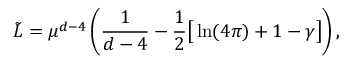
\tilde { L } = \mu ^ { d - 4 } \left( \frac { 1 } { d - 4 } - \frac { 1 } { 2 } \big [ \ln ( 4 \pi ) + 1 - \gamma \big ] \right) ,